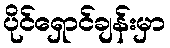
ပိုင်ရှောင်ချန်းမှာ